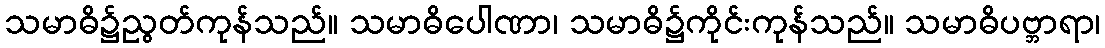
သမာဓိ၌ညွတ်ကုန်သည်။ သမာဓိပေါဏာ၊ သမာဓိ၌ကိုင်းကုန်သည်။ သမာဓိပဗ္ဘာရာ၊